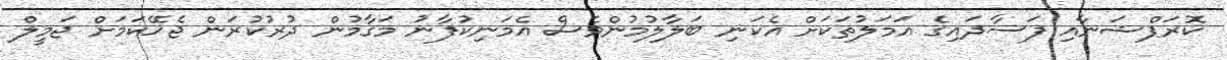
ކޮރަޕްޝަނާއި ފަސާދައިގެ އަމަލުތަކަށް އެކަނި ބަލާލުމުންވެސް އެމަނިކުފާނު މަގާމުން ދުރުކުރަން ޖެހޭކަމަށް ޖަމީލް